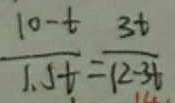
\frac { 1 0 - t } { 1 . 5 t } = \frac { 3 t } { 1 2 - 3 t }